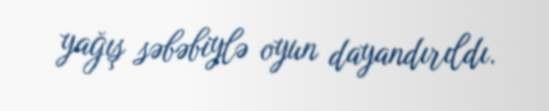
yağış səbəbiylə oyun dayandırıldı.